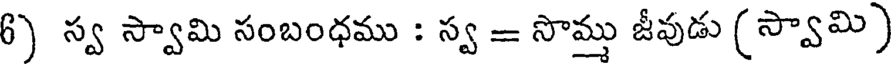
6) స్వ స్వామి సంబంధము : స్వ = సొమ్తు జీవుడు (స్వామి)